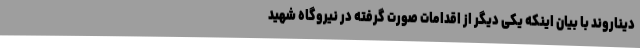
دیناروند با بیان اینکه یکی دیگر از اقدامات صورت گرفته در نیروگاه شهید